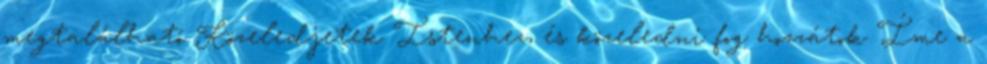
megtalálható Közeledjetek Istenhez, és közeledni fog hozzátok Íme a